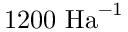
1 2 0 0 \ \mathrm { H a } ^ { - 1 }